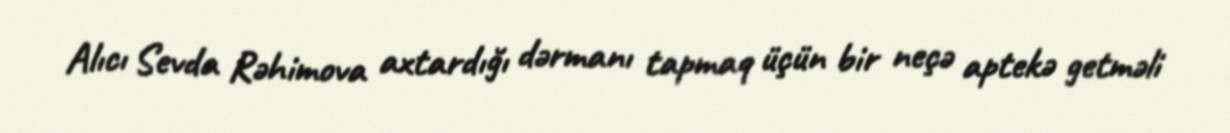
Alıcı Sevda Rəhimova axtardığı dərmanı tapmaq üçün bir neçə aptekə getməli